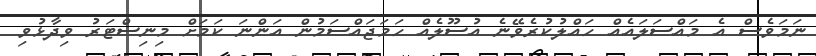
ނަމަވެސް އެ މައްސަލައެއް ހައްލުކުރެވޭނެ އުސޫލެއް ހަމަޖައްސަމުން އަންނަ ކަމަށް މިނިސްޓަރު ވިދާޅުވި